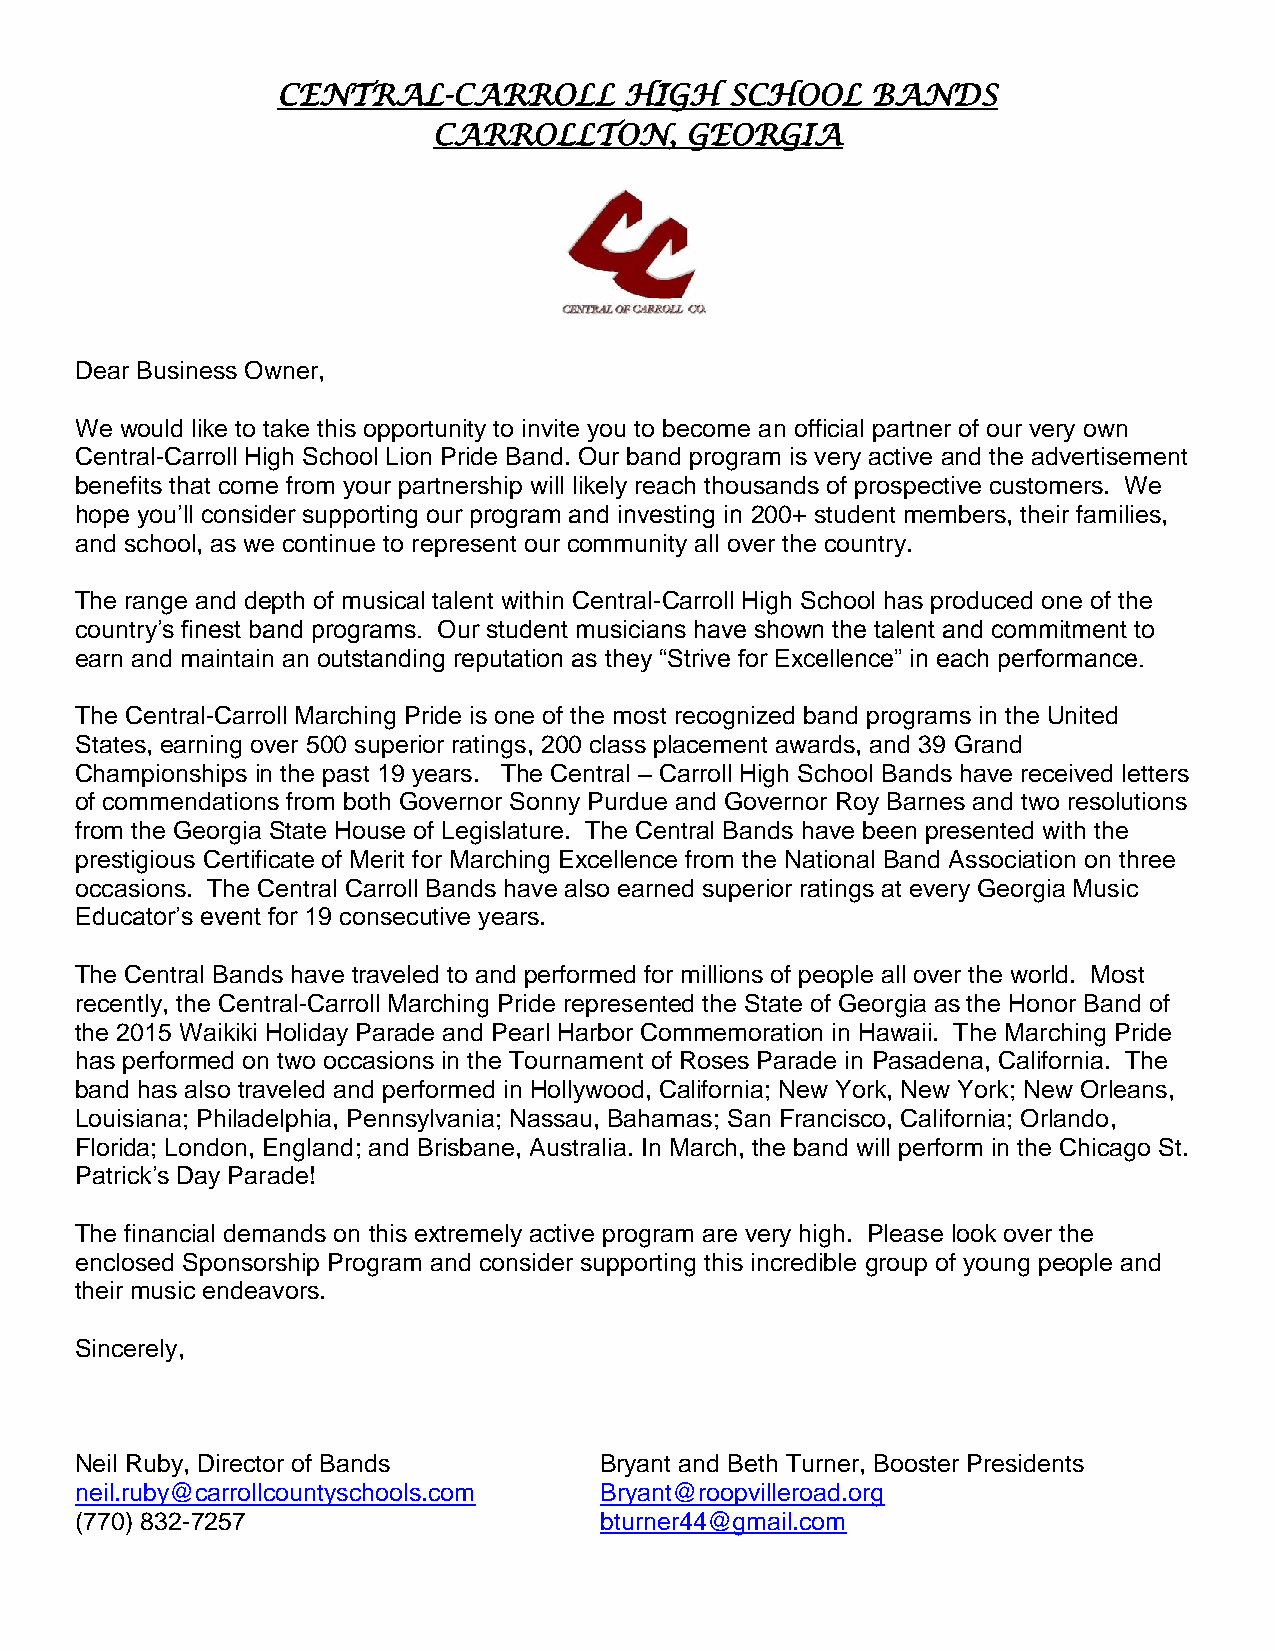
CENTRAL-CARROLL        HIGH   SCHOOL    BANDS
 CARROLLTON,     GEORGIA
 Dear Business Owner,
 We would like to take this opportunity to invite you to become an official partner of our very own
 Central-Carroll High School Lion Pride Band. Our band program is very active and the advertisement
 benefits that come from your partnership will likely reach thousands of prospective customers. We
 hope you’ll consider supporting our program and investing in 200+ student members, their families,
 and school, as we continue to represent our community all over the country.
 The range and depth of musical talent within Central-Carroll High School has produced one of the
 country’s finest band programs. Our student musicians have shown the talent and commitment to
 earn and maintain an outstanding reputation as they “Strive for Excellence” in each performance.
 The Central-Carroll Marching Pride is one of the most recognized band programs in the United
 States, earning over 500 superior ratings, 200 class placement awards, and 39 Grand
 Championships in the past 19 years. The Central – Carroll High School Bands have received letters
 of commendations from both Governor Sonny Purdue and Governor Roy Barnes and two resolutions
 from the Georgia State House of Legislature. The Central Bands have been presented with the
 prestigious Certificate of Merit for Marching Excellence from the National Band Association on three
 occasions. The Central Carroll Bands have also earned superior ratings at every Georgia Music
 Educator’s event for 19 consecutive years.
 The Central Bands have traveled to and performed for millions of people all over the world. Most
 recently, the Central-Carroll Marching Pride represented the State of Georgia as the Honor Band of
 the 2015 Waikiki Holiday Parade and Pearl Harbor Commemoration in Hawaii. The Marching Pride
 has performed on two occasions in the Tournament of Roses Parade in Pasadena, California. The
 band has also traveled and performed in Hollywood, California; New York, New York; New Orleans,
 Louisiana; Philadelphia, Pennsylvania; Nassau, Bahamas; San Francisco, California; Orlando,
 Florida; London, England; and Brisbane, Australia. In March, the band will perform in the Chicago St.
 Patrick’s Day Parade!
 The financial demands on this extremely active program are very high. Please look over the
 enclosed Sponsorship Program and consider supporting this incredible group of young people and
 their music endeavors.
 Sincerely,
 Neil Ruby, Director of Bands       Bryant and Beth Turner, Booster Presidents
 neil.ruby@carrollcountyschools.com Bryant@roopvilleroad.org
 (770) 832-7257                     bturner44@gmail.com